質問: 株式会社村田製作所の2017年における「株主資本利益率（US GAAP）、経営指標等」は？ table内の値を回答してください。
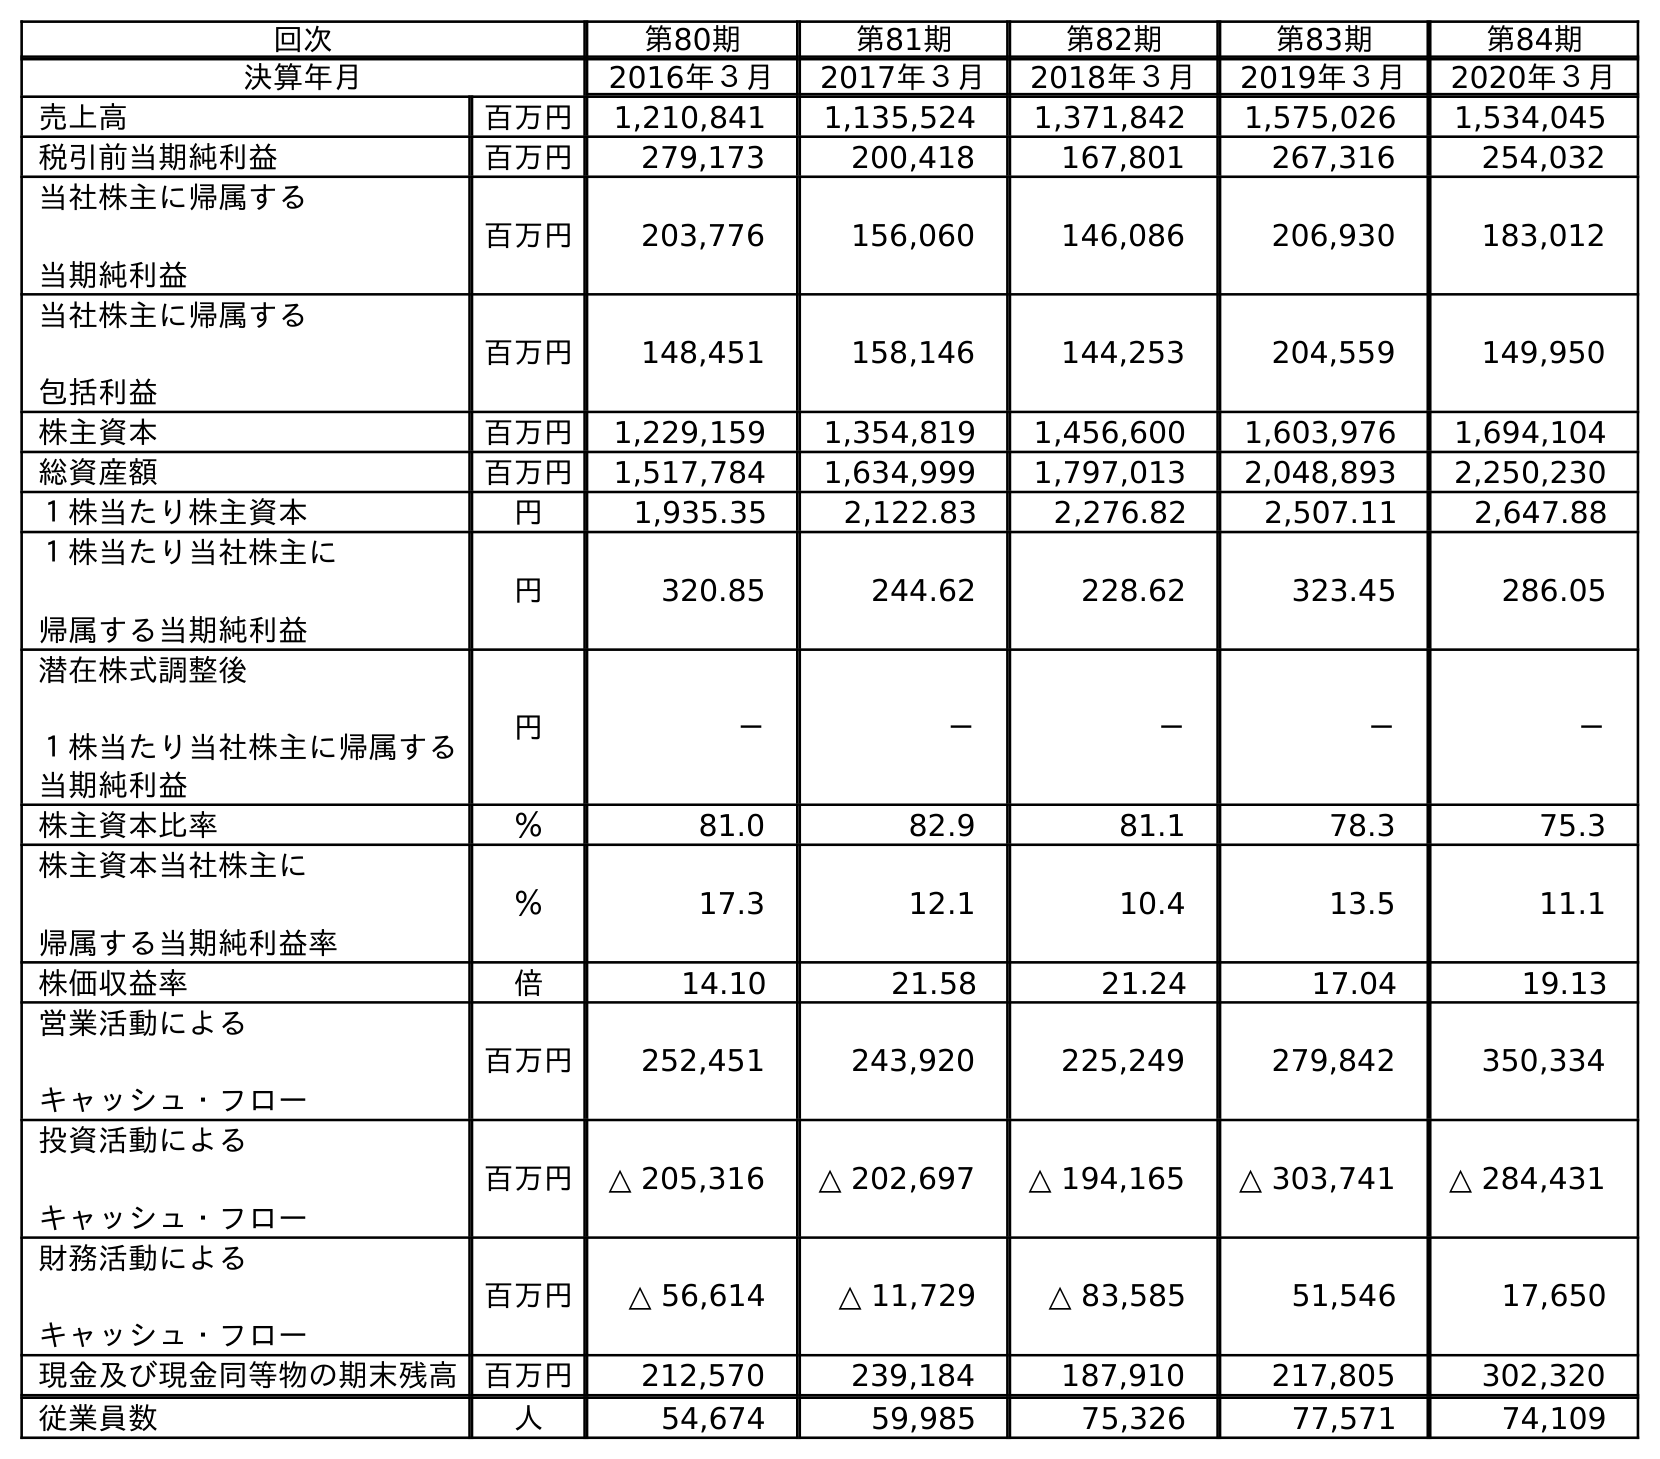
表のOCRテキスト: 回次 第80期 第81期 第82期 第83期 第84期 決算年月 2016年３月 2017年３月 2018年３月 2019年３月 2020年３月 売上高 百万円 1,210,841 1,135,524 1,371,842 1,575,026 1,534,045 税引前当期純利益 百万円 279,173 200,418 167,801 267,316 254,032 当社株主に帰属する 当期純利益 百万円 203,776 156,060 146,086 206,930 183,012 当社株主に帰属する 包括利益 百万円 148,451 158,146 144,253 204,559 149,950 株主資本 百万円 1,229,159 1,354,819 1,456,600 1,603,976 1,694,104 総資産額 百万円 1,517,784 1,634,999 1,797,013 2,048,893 2,250,230 １株当たり株主資本 円 1,935.35 2,122.83 2,276.82 2,507.11 2,647.88 １株当たり当社株主に 帰属する当期純利益 円 320.85 244.62 228.62 323.45 286.05 潜在株式調整後 １株当たり当社株主に帰属する 当期純利益 円 － － － － － 株主資本比率 ％ 81.0 82.9 81.1 78.3 75.3 株主資本当社株主に 帰属する当期純利益率 ％ 17.3 12.1 10.4 13.5 11.1 株価収益率 倍 14.10 21.58 21.24 17.04 19.13 営業活動による キャッシュ・フロー 百万円 252,451 243,920 225,249 279,842 350,334 投資活動による キャッシュ・フロー 百万円 △ 205,316 △ 202,697 △ 194,165 △ 303,741 △ 284,431 財務活動による キャッシュ・フロー 百万円 △ 56,614 △ 11,729 △ 83,585 51,546 17,650 現金及び現金同等物の期末残高 百万円 212,570 239,184 187,910 217,805 302,320 従業員数 人 54,674 59,985 75,326 77,571 74,109
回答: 12.1